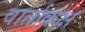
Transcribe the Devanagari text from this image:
वार्ताकक्ष